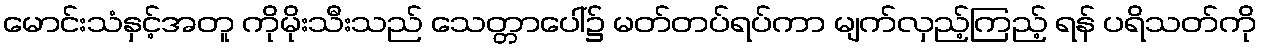
မောင်းသံနှင့်အတူ ကိုမိုးသီးသည် သေတ္တာပေါ်၌ မတ်တပ်ရပ်ကာ မျက်လှည့်ကြည့် ရန် ပရိသတ်ကို